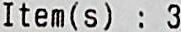
ITEM(S) : 3